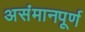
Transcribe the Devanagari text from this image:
असंमानपूर्ण